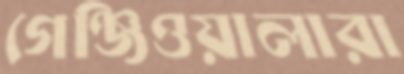
গেঞ্জিওয়ালারা